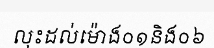
លុះដល់ម៉ោង០១និង០៦